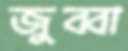
জুব্বা